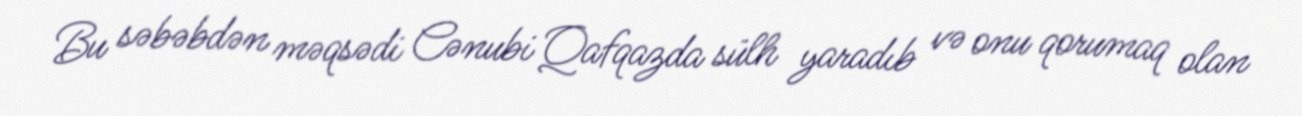
Bu səbəbdən məqsədi Cənubi Qafqazda sülh yaradıb və onu qorumaq olan